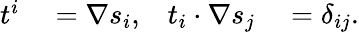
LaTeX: \begin{array}{rlrl}{t^{i}}&{{}=\nabla s_{i},}&{t_{i}\cdot\nabla s_{j}}&{{}=\delta_{ij}.}\end{array}